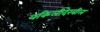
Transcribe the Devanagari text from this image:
वकिलीदेखील